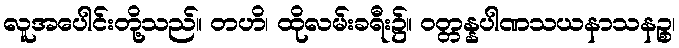
လူအပေါင်းတို့သည်။ တဟိ၊ ထိုလမ်းခရီး၌။ ဝတ္တန္နပါဏသယနာသနဉ္စ၊